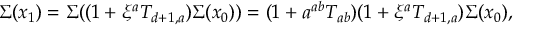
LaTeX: \Sigma ( x _ { 1 } ) = \Sigma ( ( 1 + \xi ^ { a } T _ { d + 1 , a } ) \Sigma ( x _ { 0 } ) ) = ( 1 + a ^ { a b } T _ { a b } ) ( 1 + \xi ^ { a } T _ { d + 1 , a } ) \Sigma ( x _ { 0 } ) ,